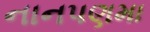
નાનપણમા